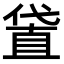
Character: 𠍜